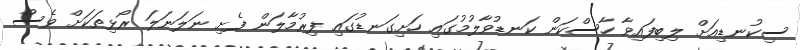
ސިކުނޑިއަށް ލިބިފައިވާ ހާސްކަން ކަނޑުވާލުމުގައި ހަށިގަނޑުގައި ފިރުމާލަން ފެށި ނަލަނަލަ ރޯޅިތަކަށް ވެސް